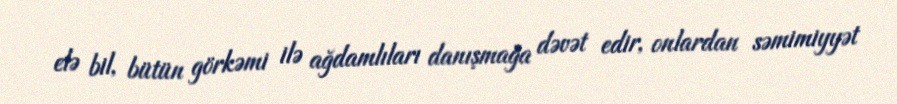
elə bil, bütün görkəmi ilə ağdamlıları danışmağa dəvət edir, onlardan səmimiyyət